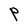
Character: P